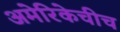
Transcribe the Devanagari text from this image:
अमेरिकेचीच